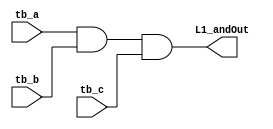
//
// Lab1_hello
// CSE140L Spring 2019
//
// Starter code
//   Bryan Chin
//   Lih-Feng Tsaur
//
// Author:
//

module Lab1_hello(input tb_a, input tb_b, input tb_c, output L1_andOut);

   //Example boolean operation
   assign L1_andOut = tb_a & tb_b & tb_c;
   

endmodule